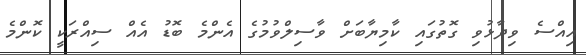
އިއްސެ ވިދާޅުވި ގޮތުގައި ކާމިޔާބަށް ވާސިލްވުމުގެ އެންމެ ބޮޑު އެއް ސިއްރަކީ ކޮންމެ